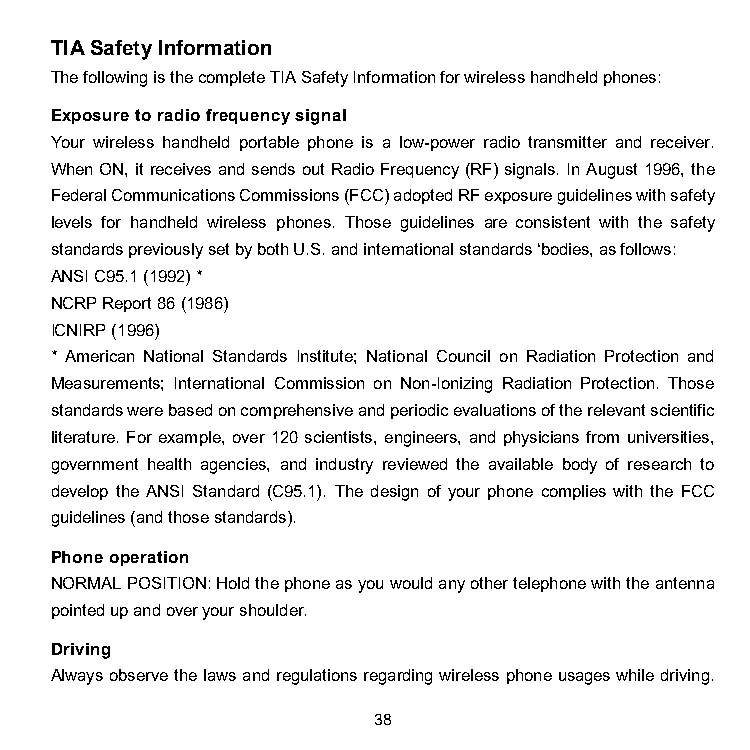
TIA Safety Information
 The following is the complete TIA Safety Information for wireless handheld phones:
 Exposure to radio frequency signal
 Your wireless handheld portable phone is a low-power radio transmitter and receiver.
 When ON, it receives and sends out Radio Frequency (RF) signals. In August 1996, the
 Federal Communications Commissions (FCC) adopted RF exposure guidelines with safety
 levels for handheld wireless phones. Those guidelines are consistent with the safety
 standards previously set by both U.S. and international standards ‘bodies, as follows:
 ANSI C95.1 (1992) *
 NCRP Report 86 (1986)
 ICNIRP (1996)
 * American National Standards Institute; National Council on Radiation Protection and
 Measurements; International Commission on Non-Ionizing Radiation Protection. Those
 standards were based on comprehensive and periodic evaluations of the relevant scientific
 literature. For example, over 120 scientists, engineers, and physicians from universities,
 government health agencies, and industry reviewed the available body of research to
 develop the ANSI Standard (C95.1). The design of your phone complies with the FCC
 guidelines (and those standards).
 Phone operation
 NORMAL POSITION: Hold the phone as you would any other telephone with the antenna
 pointed up and over your shoulder.
 Driving
 Always observe the laws and regulations regarding wireless phone usages while driving.
 38